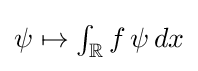
{\textstyle \psi \mapsto \int _{\mathbb {R} }f\,\psi \,dx}